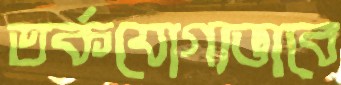
তর্কযোগ্যভাবে